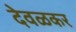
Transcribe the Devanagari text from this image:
देवळकर